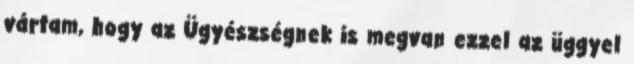
vártam, hogy az Ügyészségnek is megvan ezzel az üggyel